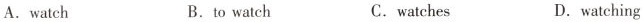
A. watch B. to watch C. watches D. watching